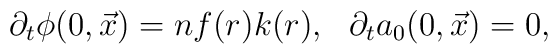
\partial_{t} \phi(0,\vec{x}) = n f(r) k(r), \:\:\:\partial_{t} a_{0}(0,\vec{x}) = 0,